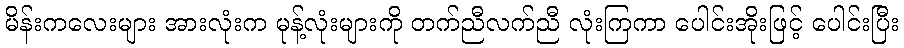
မိန်းကလေးများ အားလုံးက မုန့်လုံးများကို တက်ညီလက်ညီ လုံးကြကာ ပေါင်းအိုးဖြင့် ပေါင်းပြီး